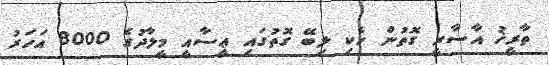
ތާރީޚު އާސާރީ ގޮތުން ހެކި ލިބޭ ގޮތުގައި ޢީސާއީ މީލާދުގެ 8000 އަހަރު